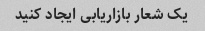
یک شعار بازاریابی ایجاد کنید